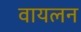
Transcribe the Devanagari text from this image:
वायलन